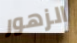
الزهور